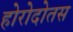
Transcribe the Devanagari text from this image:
होरोदोतस